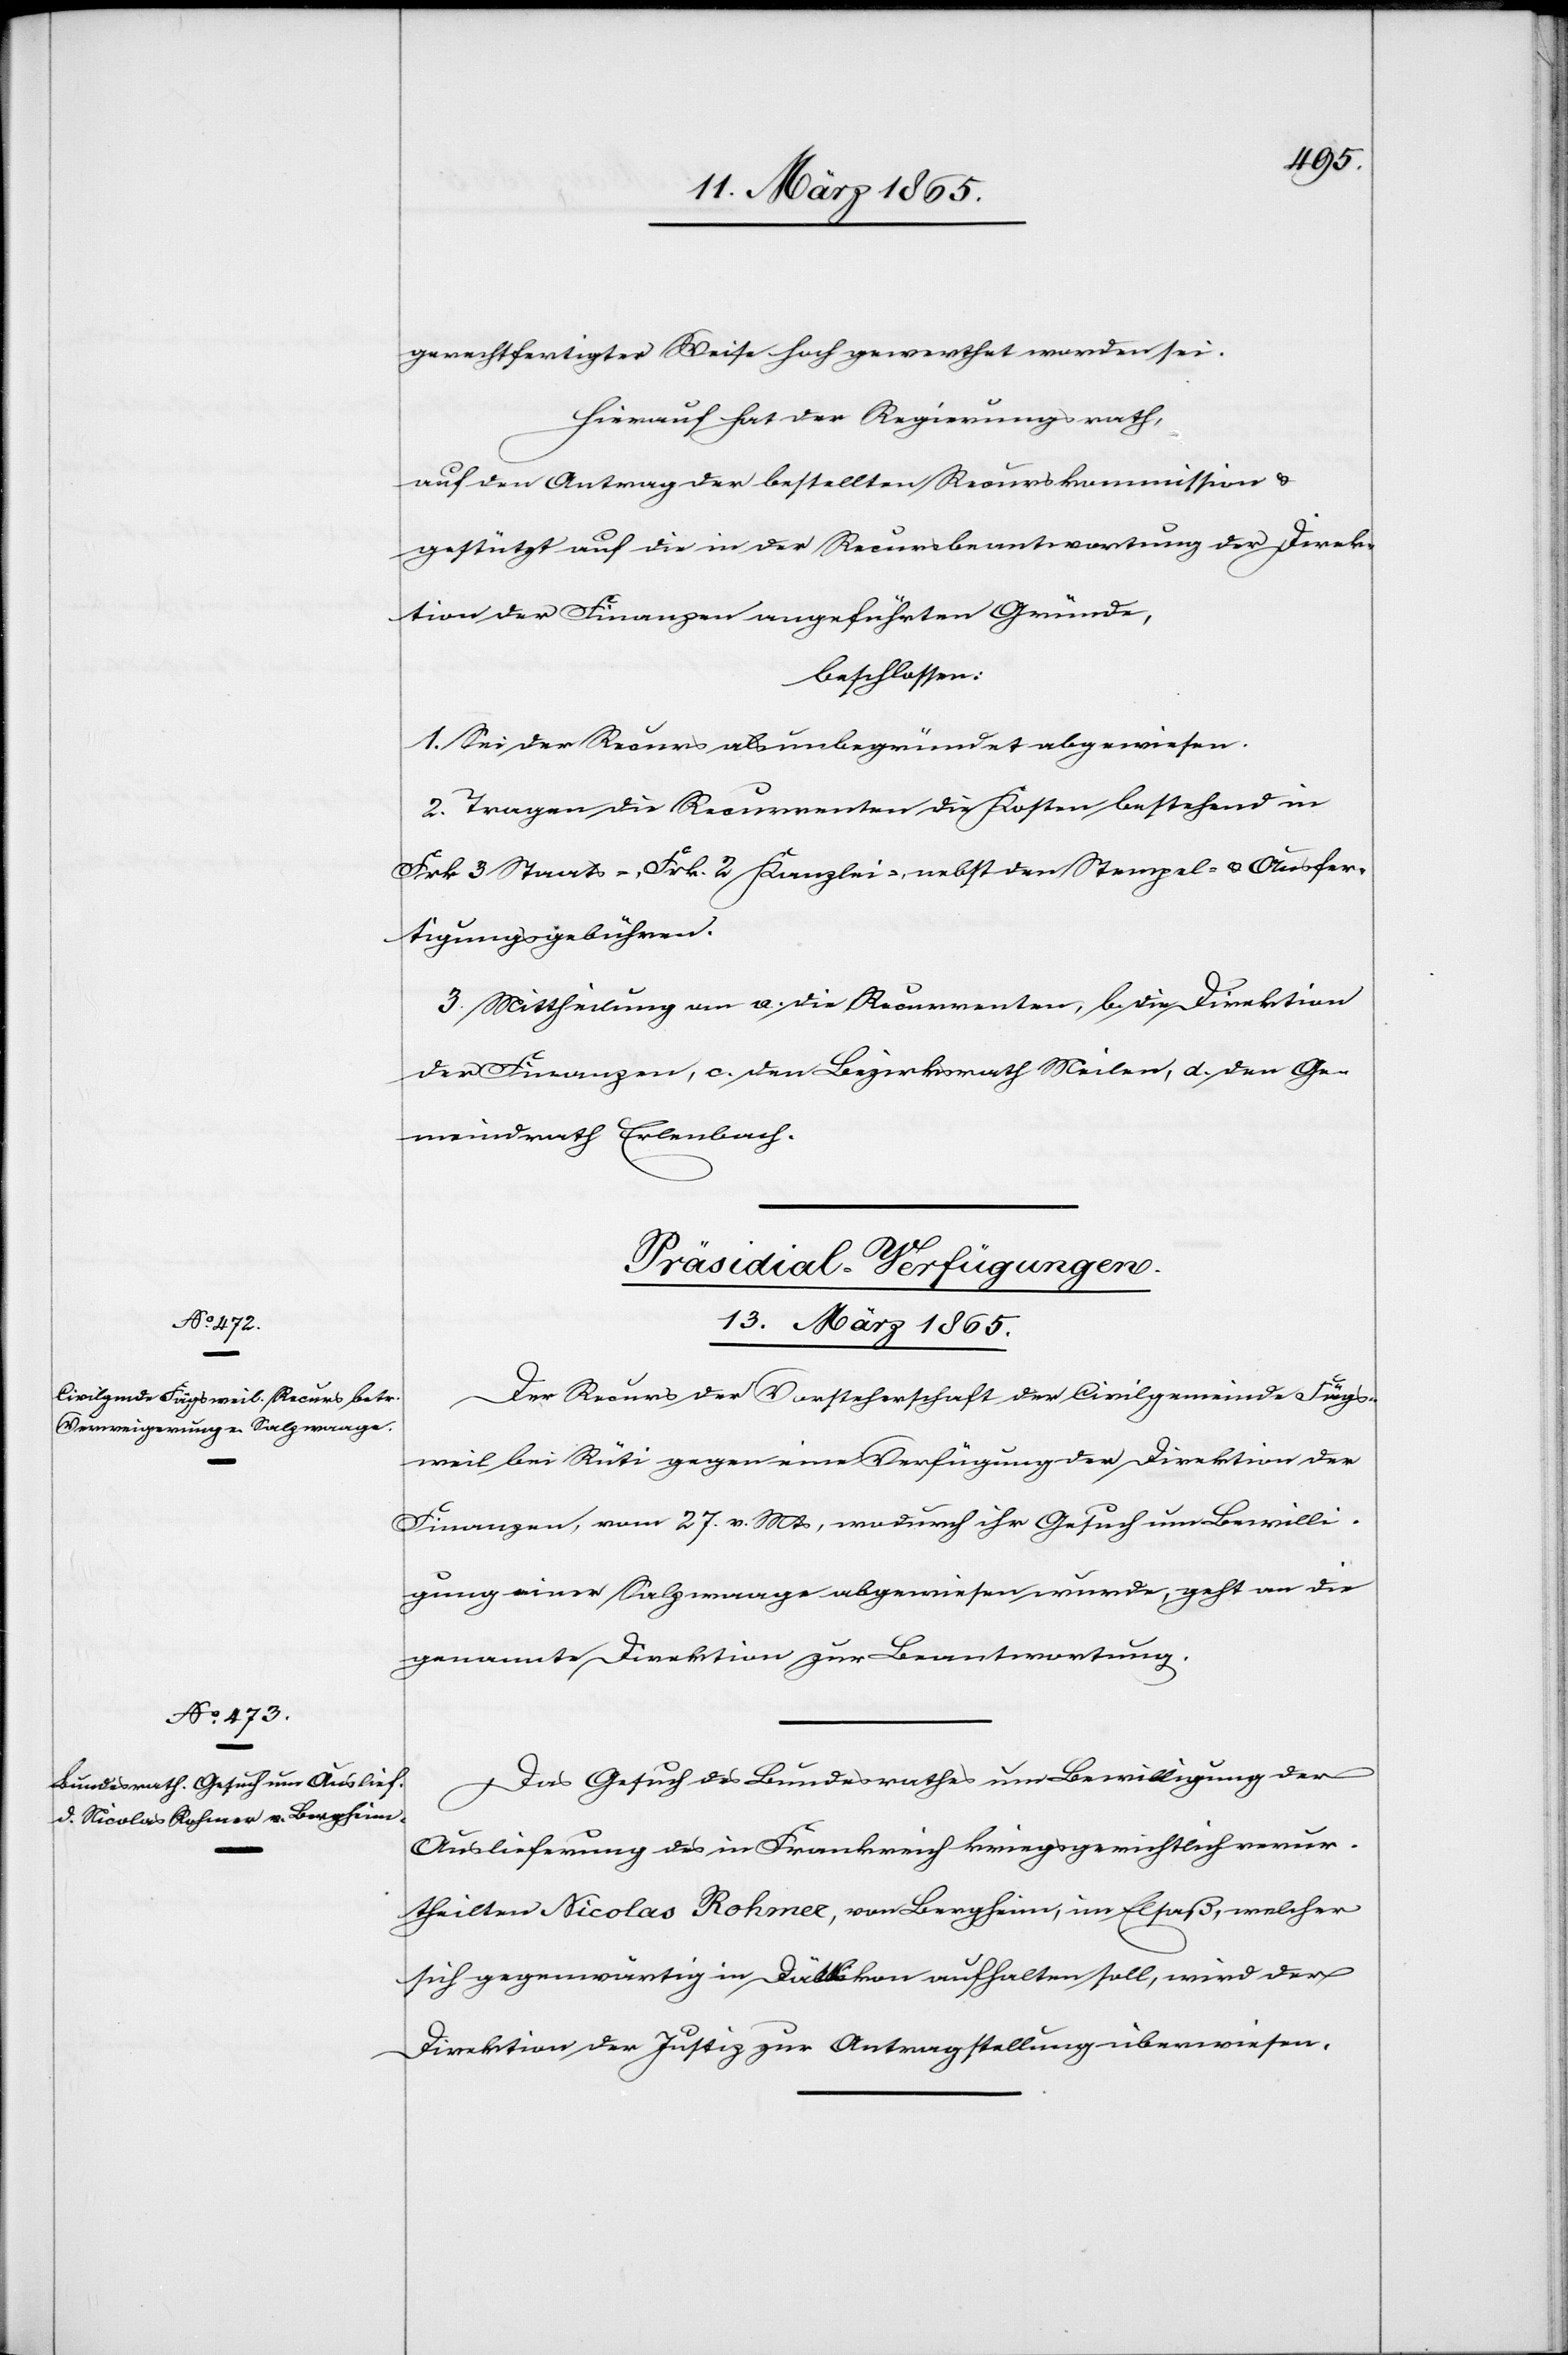
gerechtfertigter Weise hoch gewerthet worden sei.
Hierauf hat der Regierungsrath,
auf den Antrag der bestellten Recurskommission &
gestützt auf die in der Recursbeantwortung der Direk¬
tion der Finanzen angeführten Gründe,
beschlossen:
1. Sei der Recurs als unbegründet abgewiesen.
2. Tragen die Recurrenten die Kosten bestehend in
Frk 3 Staats-, Frk. 2 Kanzlei-, nebst den Stempel- & Ausfer¬
tigungsgebühren.
3. Mittheilung an a. die Recurrenten, b. die Direktion
der Finanzen, c. den Bezirksrath Meilen, d. den Ge¬
meindrath Erlenbach.
[Präsidial-Verfügungen.
13. März 1865.]
Der Recurs der Vorsteherschaft der Civilgemeinde Fägs¬
weil bei Rüti gegen eine Verfügung der Direktion der
Finanzen, vom 27. v. Mts, wodurch ihr Gesuch um Bewilli¬
gung einer Salzwaage abgewiesen wurde, geht an die
genannte Direktion zur Beantwortung.
Das Gesuch des Bundesrathes um Bewilligung der
Auslieferung des in Frankreich kriegsgerichtlich verur¬
theilten Nicolas Rohmer, von Bergheim, im Elsaß, welcher
sich gegenwärtig in Dällikon aufhalten soll, wird der
Direktion der Justiz zur Antragstellung überwiesen.